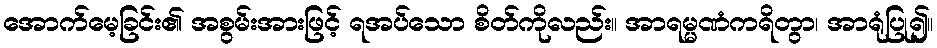
အောက်မေ့ခြင်း၏ အစွမ်းအားဖြင့် ရအပ်သော စိတ်ကိုလည်း။ အာရမ္မဏံကရိတွာ၊ အာရုံပြု၍။